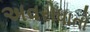
અવરોધાતો